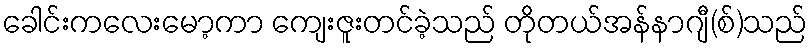
ခေါင်းကလေးမော့ကာ ကျေးဇူးတင်ခဲ့သည် တိုတယ်အန်နာဂျီ(စ်)သည်